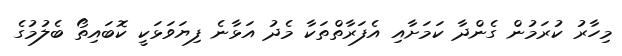
މިހާރު ކުރަމުން ގެންދާ ކަމަށާއި އެފަރާތްތަކާ މެދު އަޅާނެ ފިޔަވަޅަކީ ކޮބައިތޯ ބެލުމުގެ